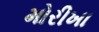
મોરીખા